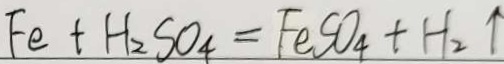
F e + H _ { 2 } S O _ { 4 } = F e S O _ { 4 } + H _ { 2 } \uparrow